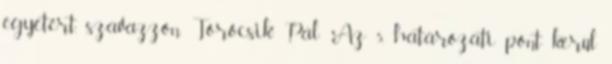
egyetért, szavazzon. Törőcsik Pál: Az 5. határozati pont kerül